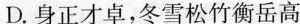
D.身正才卓，冬雪松竹衡岳高